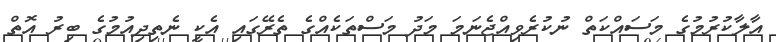
އާލާކުރުމުގެ މަސައްކަތް ނުކުރެވިއްޖެނަމަ މަދު މަސްތަކެއްގެ ތެރޭގައި އެކީ ނެތިދިއުމުގެ ބިރު އޮތް